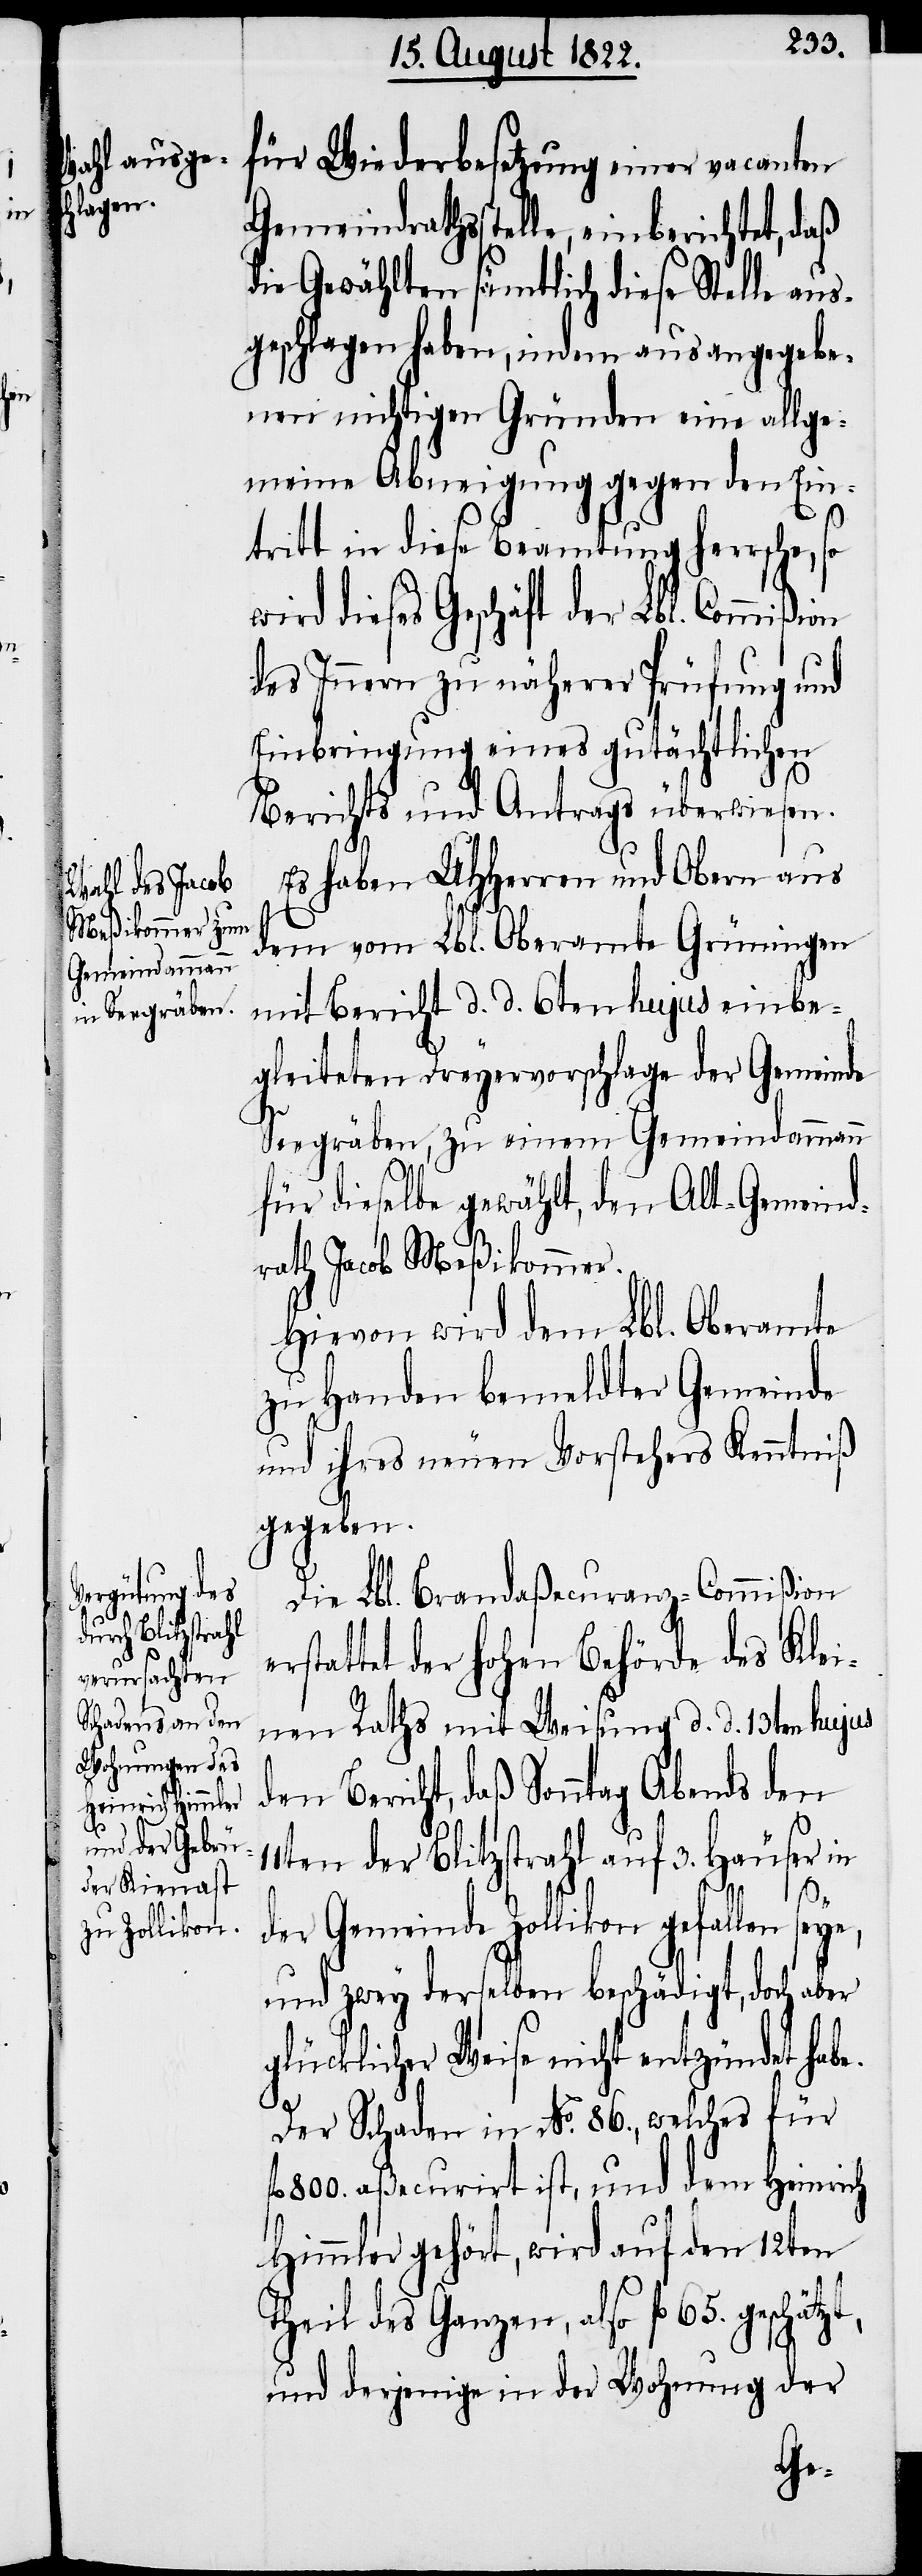
on

für Wiederbesetzung einer vacanten
Gemeindrathsstelle, einberichtet, daß
die Gewählten, sämtlich diese Stelle aus¬
geschlagen haben, indem aus angegebe¬
nen nichtigen Gründen eine allge¬
meine Abneigung gegen den Ein¬
tritt in diese Beamtung herrsche, so
dieses Geschäft der Lbl. Commißi¬
des Innern zu näherer Prüfung und
Einbringung eines gutächtlichen
Berichts und Antrags überwiesen.
Es haben UHHerrn und Obern aus
dem Lbl. Oberamte Grüningen
mit Bericht d. d. 6ten hujus einbe¬
gleiteten Dreyervorschlage der Gemeinde
Seegräben, zu einem Gemeindammann
für dieselbe gewählt, den Alt-Gemeind¬
rath Jacob Meßikommer.
Hievon wird dem Lbl. Oberamte
zu Handen bemeldter Gemeinde
und ihres neuen Vorstehers Kenntniß
gegeben.
Die Lbl. Brandaßecuranz-Commißion
rstattet der Hohen Behörde des Klei¬
nen Raths mit Weisung d. d. 13ten hujus
den Bericht, daß Sonntag Abends
11ten der Blitzstrahl auf 3. Häuser in
zt,
der Gemeinde Zollikon gefallen seye,
und zwey derselben beschädigt, doch aber
glücklicher Weise nicht entzündet habe.
Der Schaden in No. 86., welches für
fl. 800. aßecurirt ist, und dem Heinrich
Himmler gehört, wird auf den 12ten
Theil des Ganzen, also fl. 65. geschät¬
und derjenige in der Wohnung der
e¬